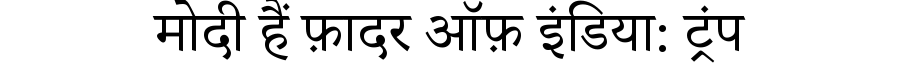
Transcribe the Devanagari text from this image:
मोदी हैं फ़ादर ऑफ़ इंडिया: ट्रंप